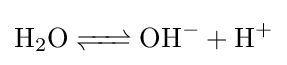
{\ce {H2O <=> OH- + H+}}